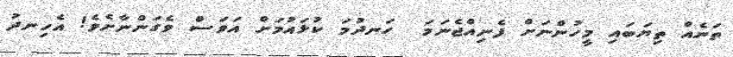
ތަނެއް ތިޔަބައި މީހުންނަށް ފެނިއްޖެނަމަ  ހަނދުމަ ކުޅައުމަށް އަވަސް ވެގަންނާށެވެ! އެހިނދު